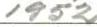
1952